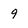
Character: 9